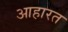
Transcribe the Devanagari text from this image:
आहारत